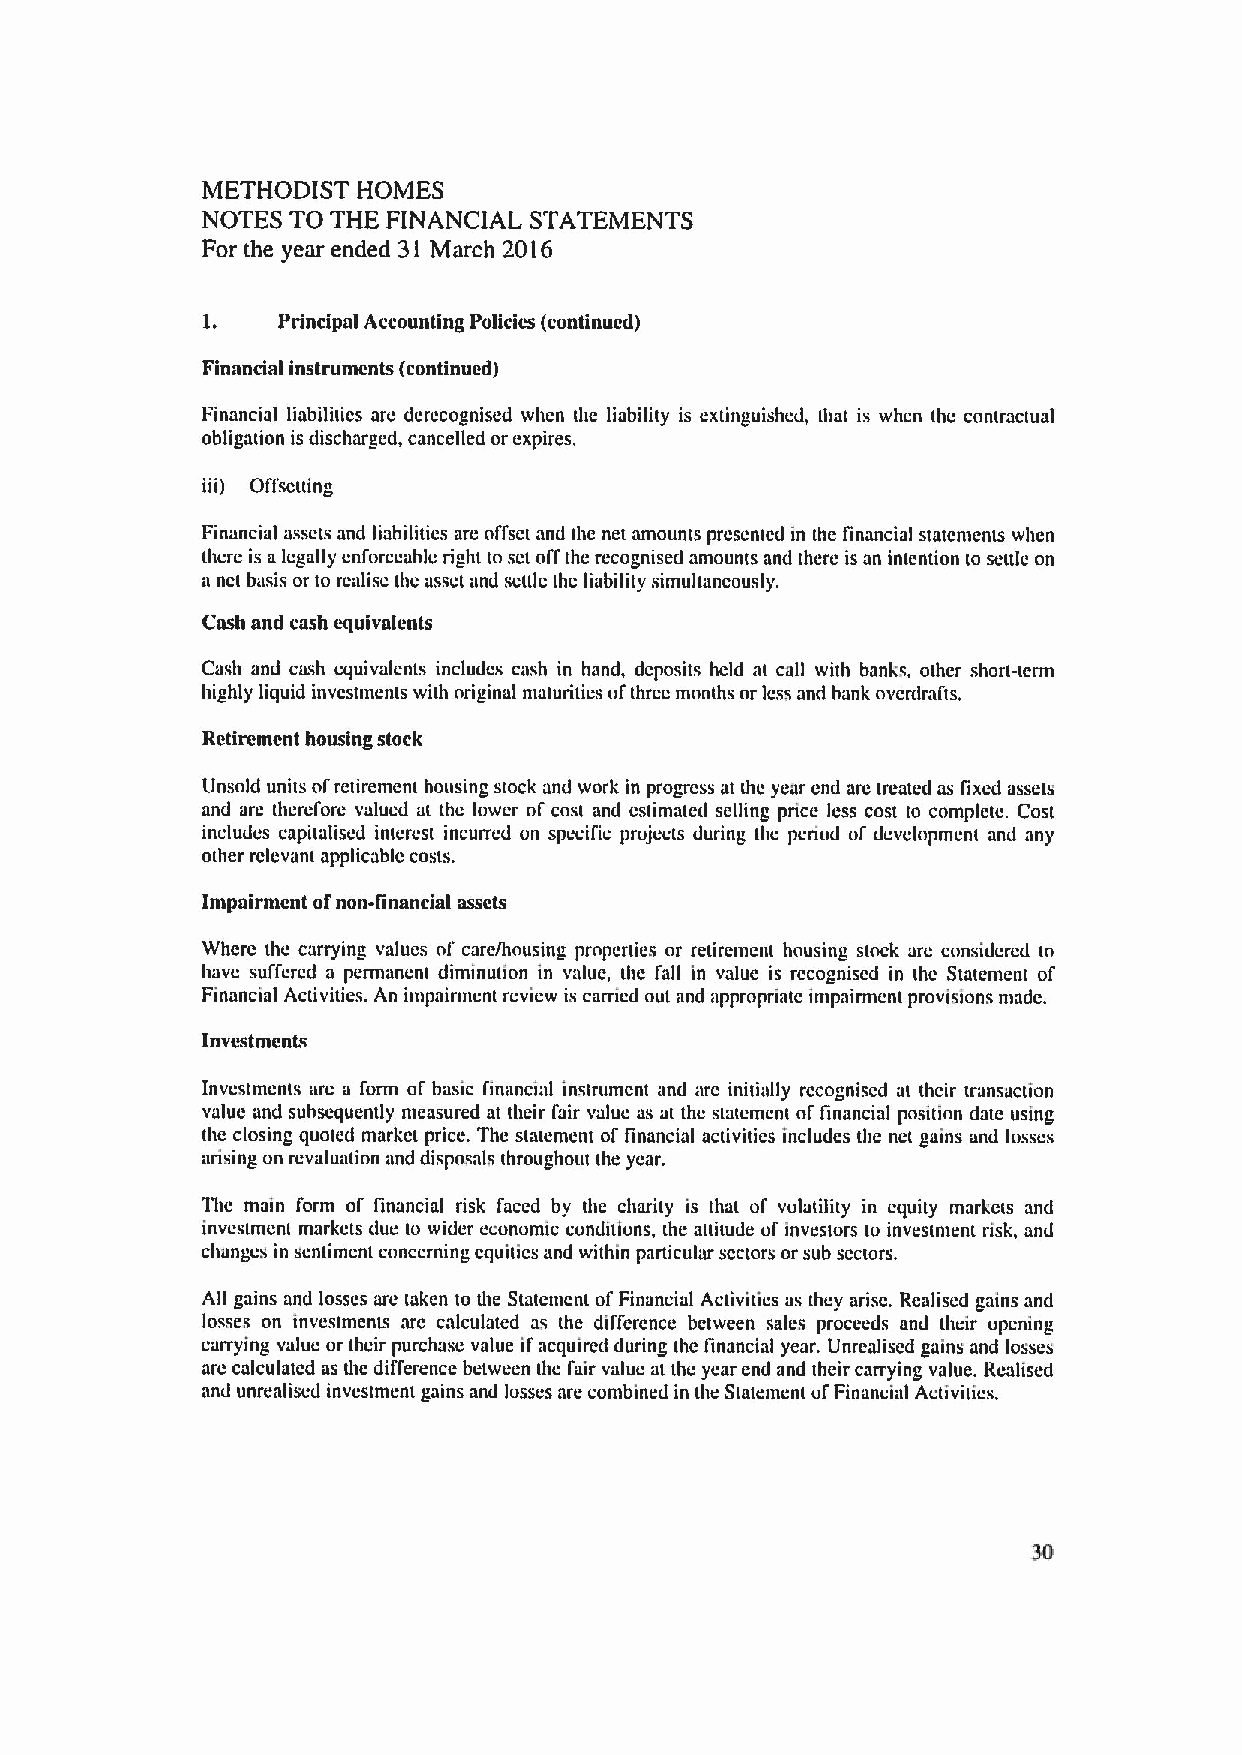
METHODIST  HOMES
 NOTES TO THE FINANCIAL STATEMENTS
 For the year ended 3l March 2016
 1.   Principal Accounting Policies (euntinued)
 Financial instruments (continued)
 Financial liabiliiics are dcrccognised when the liability is extinguished, that is when the contractual
 obligation is discharged, cancelled or expires.
 iii) Offscuing
 Financial assets and liabilities are offset and the net amounts prcscntcd in the financial statements when
 there is alegally enforceable right to sct olTthe recognised amounts and there is an intention to seulc on
 a nct basis or to realise thc asset and scttlc thc liability simultaneously.
 Cash und cash equivalents
 Cash and cash equivalents includes cash in hand, deposits held at call with banks, other short-term
 highly liquid investments with original maturities ofthree months or less and hank overdrai'ts.
 Retirement housing stock
 Unsold units ol'retirement housing stock and work in progress at thc year end are treated as lixed assets
 and are therel'ore valued at the lower ol' cost and estimated selling price less cost to complete. Cost
 includes capitalised interest incurred un specific projects during the periud uf development and any
 other relevant applicable costs.
 Impairment ofnon-linancial assets
 Where the carrying values of care/housing properties or retirement housing stock are considered to
 have suffered a permanent diminution in value, the fall in value is recognised in thc Statement of
 Financial Activities. An impairment review is carried out and appropriate impairment provisions made.
 Investments
 Invcstmcnts arc a form ol' basic financial instrument and arc initially rccogniscd at their transaction
 value and subsequently measured at their I'air value as at the statement offinancial position date using
 the closing quoted market price. The statement of financial activities includes the net gains and losses
 arising on revaluation and disposals throughout the year.
 The main form ol' financial risk faced by the charity is that of volatility in equity markets and
 investment markets due to wider ecunomic conditions, the auitude of investors tu investment risk, and
 changes in scntimcnt concerning cquitics and within particular sectors or sub sectors.
 All gains and losses are taken to the Statement ofFinancial Activities as they arise. Realised gains and
 losses on investments arc calculated as the difference between sales proceeds and their opening
 carrying value or their purchase value ifacquired during the financial year. Unrealised gains and losses
 are calculated as the difference between the fair value at the year end and their carrying value. Realised
 and unrealised investment gains and losses are combined in the Statement uf Financial Activities.